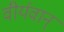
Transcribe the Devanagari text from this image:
वीर्यवान्‌